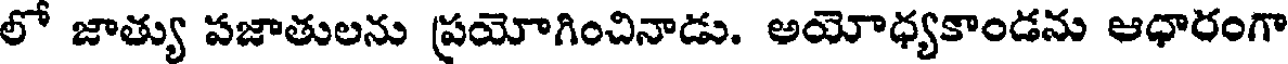
లో జాత్యు పజాతులను ప్రయోగించినాడు. అయోధ్యకాండను ఆధారంగా